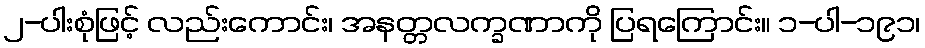
၂-ပါးစုံဖြင့် လည်းကောင်း၊ အနတ္တလက္ခဏာကို ပြရကြောင်း။ ၁-ပါ-၁၉၁၊